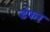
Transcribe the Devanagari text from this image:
डंफर